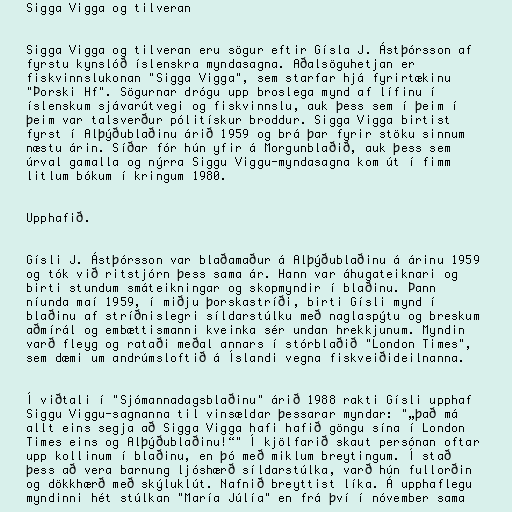
Sigga Vigga og tilveran

Sigga Vigga og tilveran eru sögur eftir Gísla J. Ástþórsson af
fyrstu kynslóð íslenskra myndasagna. Aðalsöguhetjan er
fiskvinnslukonan "Sigga Vigga", sem starfar hjá fyrirtækinu
"Þorski Hf". Sögurnar drógu upp broslega mynd af lífinu í
íslenskum sjávarútvegi og fiskvinnslu, auk þess sem í þeim í
þeim var talsverður pólitískur broddur. Sigga Vigga birtist
fyrst í Alþýðublaðinu árið 1959 og brá þar fyrir stöku sinnum
næstu árin. Síðar fór hún yfir á Morgunblaðið, auk þess sem
úrval gamalla og nýrra Siggu Viggu-myndasagna kom út í fimm
litlum bókum í kringum 1980.

Upphafið.

Gísli J. Ástþórsson var blaðamaður á Alþýðublaðinu á árinu 1959
og tók við ritstjórn þess sama ár. Hann var áhugateiknari og
birti stundum smáteikningar og skopmyndir í blaðinu. Þann
níunda maí 1959, í miðju þorskastríði, birti Gísli mynd í
blaðinu af stríðnislegri síldarstúlku með naglaspýtu og breskum
aðmírál og embættismanni kveinka sér undan hrekkjunum. Myndin
varð fleyg og rataði meðal annars í stórblaðið "London Times",
sem dæmi um andrúmsloftið á Íslandi vegna fiskveiðideilnanna.

Í viðtali í "Sjómannadagsblaðinu" árið 1988 rakti Gísli upphaf
Siggu Viggu-sagnanna til vinsældar þessarar myndar: "„það má
allt eins segja að Sigga Vigga hafi hafið göngu sína í London
Times eins og Alþýðublaðinu!“" Í kjölfarið skaut persónan oftar
upp kollinum í blaðinu, en þó með miklum breytingum. Í stað
þess að vera barnung ljóshærð síldarstúlka, varð hún fullorðin
og dökkhærð með skýluklút. Nafnið breyttist líka. Á upphaflegu
myndinni hét stúlkan "María Júlía" en frá því í nóvember sama